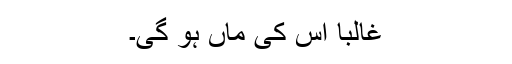
غالباً اس کی ماں ہو گی۔